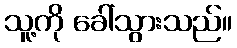
သူ့ကို ခေါ်သွားသည်။